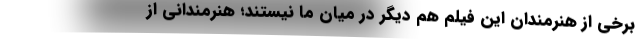
برخی از هنرمندان این فیلم هم دیگر در میان ما نیستند؛ هنرمندانی از